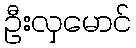
ဦးလှမောင်